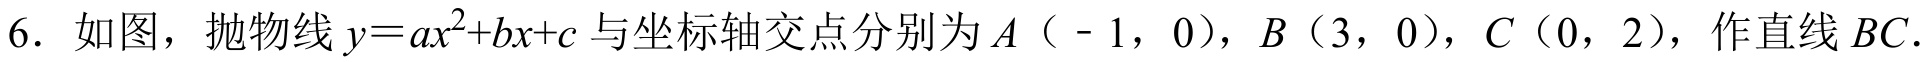
6. 如图，抛物线\(y = ax^{2}+bx + c\)与坐标轴交点分别为\(A（-1，0）\)，\(B（3，0）\)，\(C（0，2）\)，作直线\(BC\).